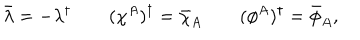
\bar { \lambda } = - \lambda ^ { \dagger } \qquad ( \chi ^ { A } ) ^ { \dagger } = \bar { \chi } _ { A } \qquad ( \phi ^ { A } ) ^ { \dagger } = \bar { \phi } _ { A } ,